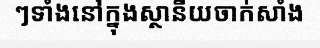
ៗទាំងនៅក្នុងស្ថានីយចាក់សាំង